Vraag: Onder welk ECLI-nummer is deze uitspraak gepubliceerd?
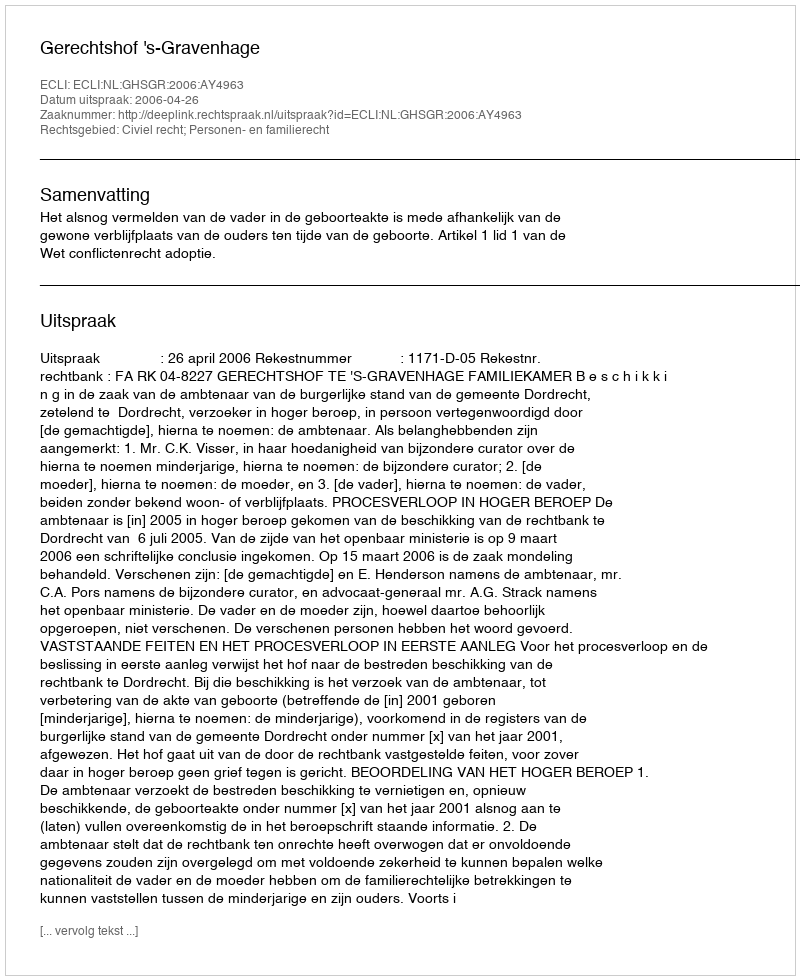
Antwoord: ECLI:NL:GHSGR:2006:AY4963